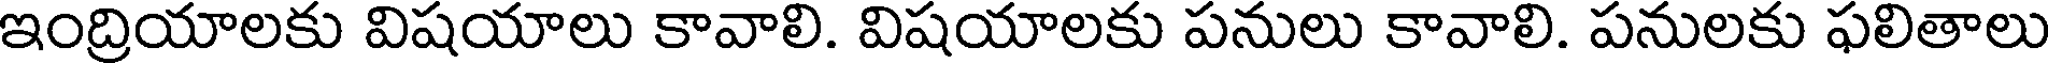
ఇంద్రియాలకు విషయాలు కావాలి. విషయాలకు పనులు కావాలి. పనులకు ఫలితాలు